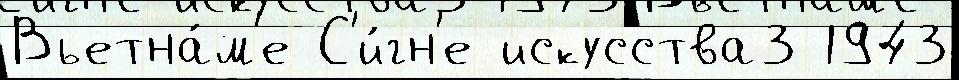
Вьетна́м'е С'и́гн'е искусства3 1943